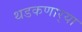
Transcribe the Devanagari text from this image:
थडकणार्‍या